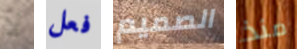
لا فعل الصميم منذ